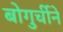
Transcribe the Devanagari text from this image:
बोगुर्चीने